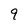
Character: 9